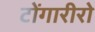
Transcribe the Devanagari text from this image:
टोंगारीरो